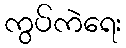
ကွပ်ကဲရေး